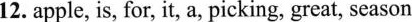
12. apple, is, for, it, a, picking, great, season